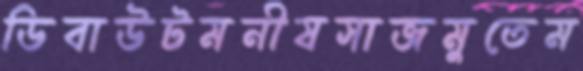
ডিবাউটমনীষসাজমুতেম